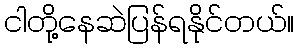
ငါတို့နေဆဲပြန်ရနိုင်တယ်။